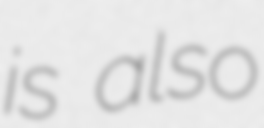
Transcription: is also